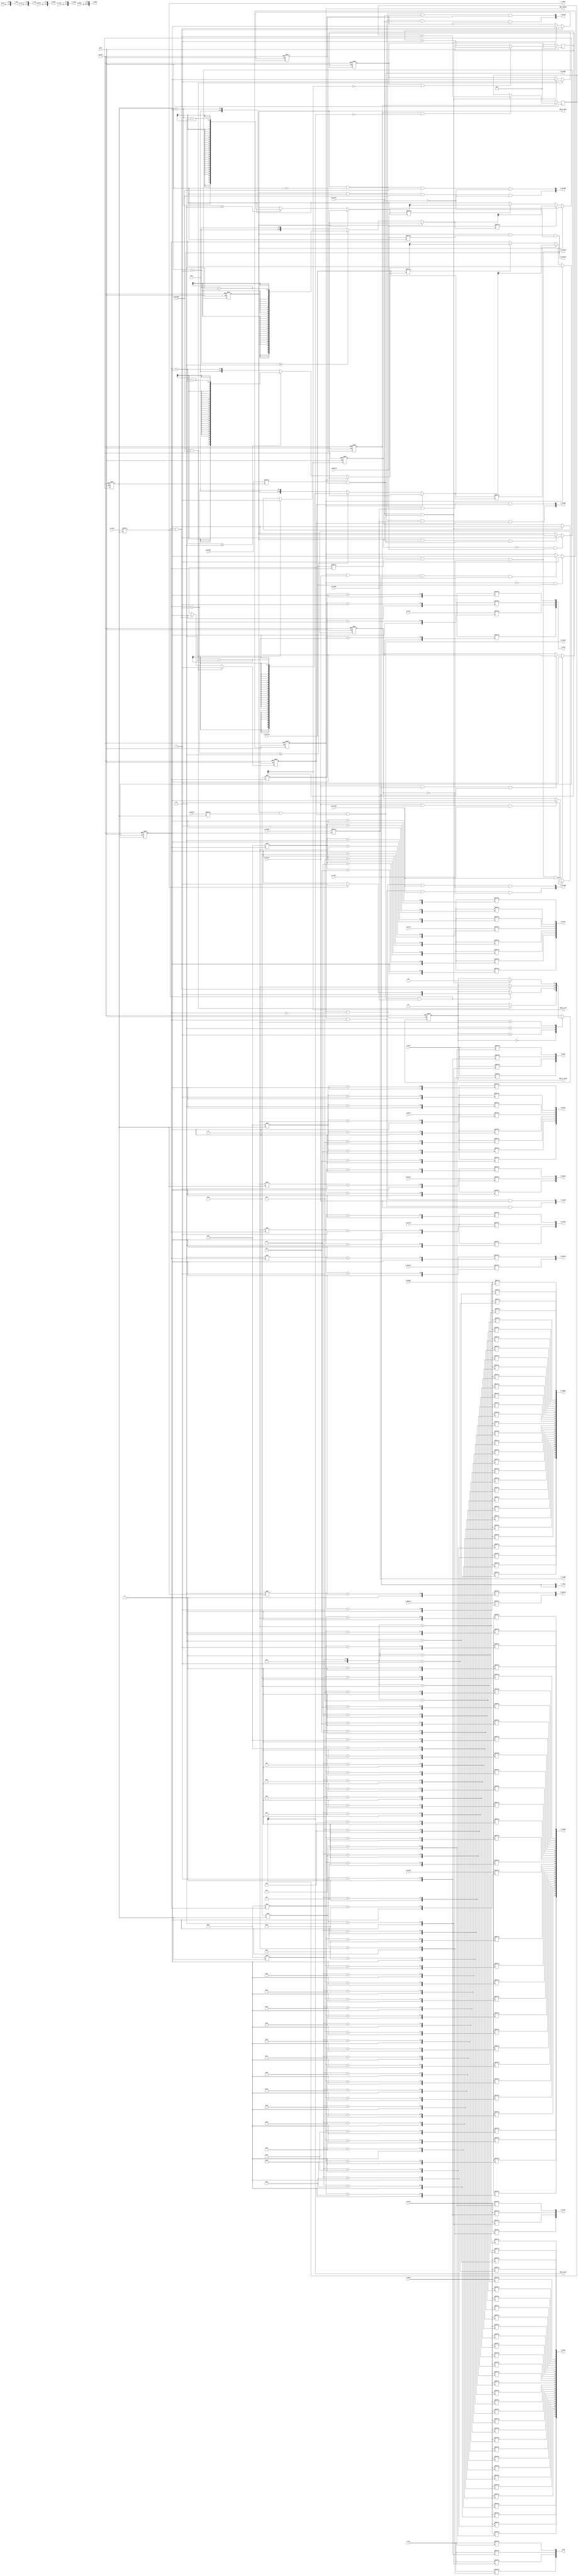
module axi_mux(
	// AXI Clock & Reset
	aresetn,
	aclk,

	dbg_wr_busy,
	dbg_rd_busy,
	dbg_wr_tmo,
	dbg_rd_tmo,
	dbg_wr_stage,

	// AXI Slave Write Address
	s_awid,
	s_awaddr,
	s_awlen,
	s_awsize,
	s_awburst,
	s_awvalid,
	s_awready,

	// AXI Slave Write Data
	s_wid,
	s_wdata,
	s_wstrb,
	s_wlast,
	s_wvalid,
	s_wready,

	// AXI Slave Write Response
	s_bready,
	s_bid,
	s_bresp,
	s_bvalid,

	// AXI Slave Read Address
	s_arid,
	s_araddr,
	s_arlen,
	s_arsize,
	s_arburst,
	s_arvalid,
	s_arready,

	// AXI Slave Read Data
	s_rready,
 	s_rid,
	s_rdata,
 	s_rresp,
	s_rlast,
	s_rvalid,

	// AXI Master Write Address
	m_awid,
	m_awaddr,
	m_awlen,
	m_awsize,
	m_awburst,
	m_awvalid,
	m_awready,

	// AXI Master Write Data
	m_wid,
	m_wdata,
	m_wstrb,
	m_wlast,
	m_wvalid,
	m_wready,

	// AXI Master Write Response
	m_bready,
	m_bid,
	m_bresp,
	m_bvalid,

	// AXI Master Read Address
	m_arid,
	m_araddr,
	m_arlen,
	m_arsize,
	m_arburst,
	m_arvalid,
	m_arready,

	// AXI Master Read Data
	m_rready,
 	m_rid,
	m_rdata,
 	m_rresp,
	m_rlast,
	m_rvalid
);
parameter SLAVE_NUM=2;
parameter ID_WIDTH=4;
parameter ADDR_WIDTH=32;
parameter DATA_WIDTH=32;
parameter LEN_WIDTH=8;

localparam STRB_WIDTH=DATA_WIDTH/8;

// AXI Clock & Reset
input	aresetn;
input	aclk;

// AXI Slave Write Address
input	[ID_WIDTH*SLAVE_NUM-1:0]	s_awid;
input	[ADDR_WIDTH*SLAVE_NUM-1:0]	s_awaddr;
input	[LEN_WIDTH*SLAVE_NUM-1:0]	s_awlen;
input	[3*SLAVE_NUM-1:0]	s_awsize;
input	[2*SLAVE_NUM-1:0]	s_awburst;
input	[SLAVE_NUM-1:0] s_awvalid;
output reg	[SLAVE_NUM-1:0] s_awready;

// AXI Slave Write Data
input	[ID_WIDTH*SLAVE_NUM-1:0]	s_wid;
input	[DATA_WIDTH*SLAVE_NUM-1:0]	s_wdata;
input	[STRB_WIDTH*SLAVE_NUM-1:0]	s_wstrb;
input	[SLAVE_NUM-1:0] s_wlast;
input	[SLAVE_NUM-1:0] s_wvalid;
output reg	[SLAVE_NUM-1:0] s_wready;

// AXI Slave Write Response
input	[SLAVE_NUM-1:0] s_bready;
output reg [ID_WIDTH*SLAVE_NUM-1:0]	s_bid;
output reg [2*SLAVE_NUM-1:0]	s_bresp;
output reg [SLAVE_NUM-1:0] s_bvalid;

// AXI Slave Read Address
input	[ID_WIDTH*SLAVE_NUM-1:0]	s_arid;
input	[ADDR_WIDTH*SLAVE_NUM-1:0]	s_araddr;
input	[LEN_WIDTH*SLAVE_NUM-1:0]	s_arlen;
input	[3*SLAVE_NUM-1:0]	s_arsize;
input	[2*SLAVE_NUM-1:0]	s_arburst;
input	[SLAVE_NUM-1:0] s_arvalid;
output reg	[SLAVE_NUM-1:0] s_arready;

// AXI Slave Read Data
input	[SLAVE_NUM-1:0] s_rready;
output reg [ID_WIDTH*SLAVE_NUM-1:0]	s_rid;
output reg [DATA_WIDTH*SLAVE_NUM-1:0]	s_rdata;
output reg [2*SLAVE_NUM-1:0]	s_rresp;
output reg [SLAVE_NUM-1:0] s_rlast;
output reg [SLAVE_NUM-1:0] s_rvalid;

// AXI Master Write Address
output reg	[ID_WIDTH-1:0]	m_awid;
output reg	[ADDR_WIDTH-1:0]	m_awaddr;
output reg	[LEN_WIDTH-1:0]	m_awlen;
output reg	[2:0]	m_awsize;
output reg	[1:0]	m_awburst;
output reg	m_awvalid;
input	 m_awready;

// AXI Master Write Data
output reg	[ID_WIDTH-1:0]	m_wid;
output reg	[DATA_WIDTH-1:0]	m_wdata;
output reg	[STRB_WIDTH-1:0]	m_wstrb;
output reg	m_wlast;
output reg	m_wvalid;
input	m_wready;

// AXI Master Write Response
output reg	m_bready;
input [ID_WIDTH-1:0]	m_bid;
input [1:0]	m_bresp;
input m_bvalid;

// AXI Master Read Address
output reg	[ID_WIDTH-1:0]	m_arid;
output reg	[ADDR_WIDTH-1:0]	m_araddr;
output reg	[LEN_WIDTH-1:0]	m_arlen;
output reg	[2:0]	m_arsize;
output reg	[1:0]	m_arburst;
output reg	m_arvalid;
input	m_arready;

// AXI Master Read Data
output reg	m_rready;
input [ID_WIDTH-1:0]	m_rid;
input [DATA_WIDTH-1:0]	m_rdata;
input [1:0]	m_rresp;
input m_rlast;
input m_rvalid;

output dbg_wr_busy;
output dbg_rd_busy;
output dbg_wr_tmo;
output dbg_rd_tmo;
output [1:0] dbg_wr_stage;


function integer clogb2 (input integer size);
begin
	size = size - 1;
	for (clogb2=1; size>1; clogb2=clogb2+1)
		size = size >> 1;
end
endfunction

localparam SELECT_BITS = clogb2(SLAVE_NUM);

function [SELECT_BITS-1:0] select(input [SELECT_BITS-1:0] current, input [SLAVE_NUM-1:0] valid);
integer i,j;
begin
	select=current;
	for(i=0;i<SLAVE_NUM;i=i+1) begin
		j=current+i;
		if(j>=SLAVE_NUM)
			j=j-SLAVE_NUM;
		if(valid[j])
			select=j;
	end
end
endfunction

reg [SELECT_BITS-1:0] wi;
reg write_busy;
reg write_disable;
reg wdata_enable;
reg bresp_enable;
reg [SELECT_BITS-1:0] ri;
reg read_busy;
reg read_disable;

// Write Stage
always @(posedge aclk, negedge aresetn)
begin
	if(!aresetn) begin
		write_busy <= 1'b0;
	end
	else if(!write_busy && s_awvalid) begin
		write_busy <= 1'b1;
	end
	else if(write_busy && m_bvalid && m_bready) begin
		write_busy <= 1'b0;
	end
end

always @(posedge aclk, negedge aresetn)
begin
	if(!aresetn) begin
		write_disable <= 1'b0;
	end
	else if(m_awvalid && m_awready) begin
		write_disable <= 1'b1;
	end
	else if(m_bvalid && m_bready) begin
		write_disable <= 1'b0;
	end
end

always @(posedge aclk, negedge aresetn)
begin
	if(!aresetn) begin
		wdata_enable <= 1'b0;
	end
	else if(m_awvalid && m_awready) begin
		wdata_enable <= 1'b1;
	end
	else if(m_wvalid && m_wready && m_wlast) begin
		wdata_enable <= 1'b0;
	end
end

always @(posedge aclk, negedge aresetn)
begin
	if(!aresetn) begin
		bresp_enable <= 1'b0;
	end
	else if(m_wvalid && m_wready && m_wlast) begin
		bresp_enable <= 1'b1;
	end
	else if(m_bvalid && m_bready) begin
		bresp_enable <= 1'b0;
	end
end

always @(posedge aclk, negedge aresetn)
begin
	if(!aresetn) begin
		wi <= 0;
	end
	else if(!write_busy) begin
		wi <= select(wi, s_awvalid);
	end
end

always @(*)
begin:WRITE_SEL
	integer i;
	for(i=0;i<ID_WIDTH;i=i+1) 
		m_awid[i] = s_awid[ID_WIDTH*wi+i];

	for(i=0;i<ADDR_WIDTH;i=i+1) 
		m_awaddr[i] = s_awaddr[ADDR_WIDTH*wi+i];

	for(i=0;i<LEN_WIDTH;i=i+1) 
		m_awlen[i] = s_awlen[LEN_WIDTH*wi+i];

	for(i=0;i<3;i=i+1) 
		m_awsize[i] = s_awsize[3*wi+i];

	for(i=0;i<2;i=i+1) 
		m_awburst[i] = s_awburst[2*wi+i];

	m_awvalid = write_busy & s_awvalid[wi] & !write_disable;

	for(i=0;i<ID_WIDTH;i=i+1) 
		m_wid[i] = s_wid[ID_WIDTH*wi+i];

	for(i=0;i<DATA_WIDTH;i=i+1) 
		m_wdata[i] = s_wdata[DATA_WIDTH*wi+i];

	for(i=0;i<STRB_WIDTH;i=i+1) 
		m_wstrb[i] = s_wstrb[STRB_WIDTH*wi+i];

	m_wlast = s_wlast[wi];

	m_wvalid = write_busy & s_wvalid[wi] & wdata_enable;

	m_bready = s_bready[wi] & bresp_enable;

	for(i=0;i<SLAVE_NUM;i=i+1) begin 
		s_awready[i] = write_busy & (wi==i) & m_awready & !write_disable;
		s_wready[i] = write_busy & (wi==i) & m_wready & wdata_enable;
		s_bvalid[i] = write_busy & (wi==i) & m_bvalid & bresp_enable;
	end

	s_bid = {SLAVE_NUM{m_bid}};
	s_bresp = {SLAVE_NUM{m_bresp}};
end

// Read Stage
always @(posedge aclk, negedge aresetn)
begin
	if(!aresetn) begin
		read_busy <= 1'b0;
	end
	else if(!read_busy && s_arvalid) begin
		read_busy <= 1'b1;
	end
	else if(read_busy && m_rvalid && m_rready && m_rlast) begin
		read_busy <= 1'b0;
	end
end

always @(posedge aclk, negedge aresetn)
begin
	if(!aresetn) begin
		read_disable <= 1'b0;
	end
	else if(m_arvalid && m_arready) begin
		read_disable <= 1'b1;
	end
	else if(m_rvalid && m_rready && m_rlast) begin
		read_disable <= 1'b0;
	end
end

always @(posedge aclk, negedge aresetn)
begin
	if(!aresetn) begin
		ri <= 0;
	end
	else if(!read_busy) begin
		ri <= select(ri, s_arvalid);
	end
end

always @(*)
begin:READ_SEL
	integer i;
	for(i=0;i<ID_WIDTH;i=i+1) 
		m_arid[i] = s_arid[ID_WIDTH*ri+i];

	for(i=0;i<ADDR_WIDTH;i=i+1) 
		m_araddr[i] = s_araddr[ADDR_WIDTH*ri+i];

	for(i=0;i<LEN_WIDTH;i=i+1) 
		m_arlen[i] = s_arlen[LEN_WIDTH*ri+i];

	for(i=0;i<3;i=i+1) 
		m_arsize[i] = s_arsize[3*ri+i];

	for(i=0;i<2;i=i+1) 
		m_arburst[i] = s_arburst[2*ri+i];

	m_arvalid = read_busy & s_arvalid[ri] & !read_disable;
	m_rready = s_rready[ri];

	for(i=0;i<SLAVE_NUM;i=i+1) begin
		s_arready[i] = read_busy & (ri==i) & m_arready & !read_disable;
		s_rvalid[i] = read_busy & (ri==i) & m_rvalid;
	end

	s_rid = {SLAVE_NUM{m_rid}};
	s_rdata = {SLAVE_NUM{m_rdata}};
	s_rresp = {SLAVE_NUM{m_rresp}};
	s_rlast = {SLAVE_NUM{m_rlast}};
end

assign dbg_wr_busy = write_busy;
assign dbg_rd_busy = read_busy;

reg [9:0] wr_timer;
reg wr_timer_en;
reg [1:0] wr_stage;

always @(posedge aclk, negedge aresetn)
begin
	if(!aresetn) begin
		wr_stage <= 0;
	end
	else case(wr_stage)
		0: if(m_awvalid && m_awready) wr_stage <= 1;
		1: if(m_wvalid && m_wready)
			if(m_wlast) wr_stage <= 3;
			else wr_stage <= 2;
		2: if(m_wvalid && m_wready && m_wlast) wr_stage <= 3;
		3: if(m_bvalid && m_bready) wr_stage <= 0;
	endcase
end
assign dbg_wr_stage = wr_stage;

always @(posedge aclk, negedge aresetn)
begin
	if(!aresetn)
		wr_timer_en <= 1'b0;
	//else if(m_wvalid && m_wlast && m_wready)
	else if(m_awvalid && m_awready)
		wr_timer_en <= 1'b1;
	else if(m_bvalid && m_bready)
		wr_timer_en <= 1'b0;
end

always @(posedge aclk)
begin
	if(!wr_timer_en)
		wr_timer <= 'b0;
	else if(wr_timer_en && !wr_timer[9])
		wr_timer <= wr_timer+1;
end
assign dbg_wr_tmo = wr_timer[9];

reg [9:0] rd_timer;
reg rd_timer_en;

always @(posedge aclk, negedge aresetn)
begin
	if(!aresetn)
		rd_timer_en <= 1'b0;
	else if(m_arvalid && m_arready)
		rd_timer_en <= 1'b1;
	else if(m_rvalid && m_rlast && m_rready)
		rd_timer_en <= 1'b0;
end

always @(posedge aclk)
begin
	if(!rd_timer_en)
		rd_timer <= 'b0;
	else if(rd_timer_en && !rd_timer[9])
		rd_timer <= rd_timer+1;
end
assign dbg_rd_tmo = rd_timer[9];

endmodule